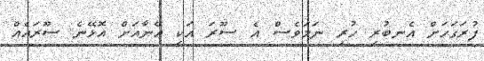
ފުރަގަހަށް އެނބުރި ހުރި ނަމަވެސް އެ ސޫރަ އަކީ އޭނާއަށް އޮޅޭނެ ސޫރައެއް